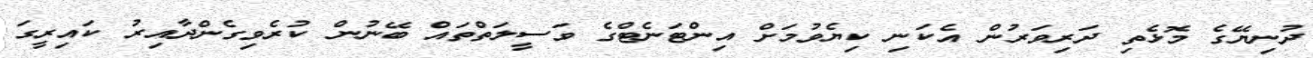
ދުނިޔޭގެ މޮޅެތި ދަރިވަރުން އެކަނި ކިޔެވުމަށް އިންޓަނެޓްގެ ވަސީލަތްތައް ބޭނުން ކުރެވިގެންދާއިރު ކައިރީގަ